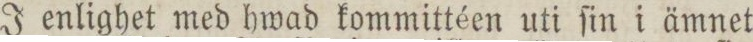
J enlighet med hwad kommittéen uti ſin i ämnet